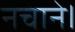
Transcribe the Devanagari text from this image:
नचाने।